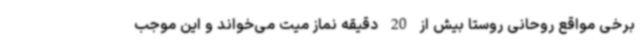
برخی مواقع روحانی روستا بیش از 20 دقیقه نماز میت می‌خواند و این موجب